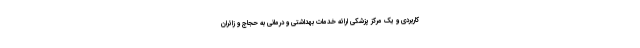
کاربردی و یک مرکز پزشکی ارائه خدمات بهداشتی و درمانی به حجاج و زائران